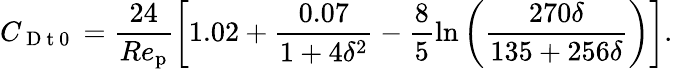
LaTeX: C_{\mathrm{~D~t~0~}}=\frac{24}{Re_{\mathrm{p}}}\left[1.02+\frac{0.07}{1+4\delta^{2}}-\frac{8}{5}\ln\left(\frac{270\delta}{135+256\delta}\right)\right].